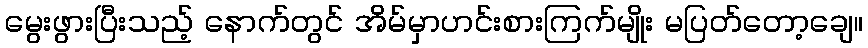
မွေးဖွားပြီးသည့် နောက်တွင် အိမ်မှာဟင်းစားကြက်မျိုး မပြတ်တော့ချေ။